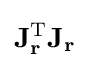
\mathbf {J_{r}^{\operatorname {T} }J_{r}}